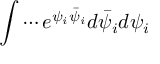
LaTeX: \int \cdots e ^ { \psi _ { i } \bar { \psi } _ { i } } d \bar { \psi } _ { i } d \psi _ { i }